Annual report on the lock hospitals of the Madras Presidency
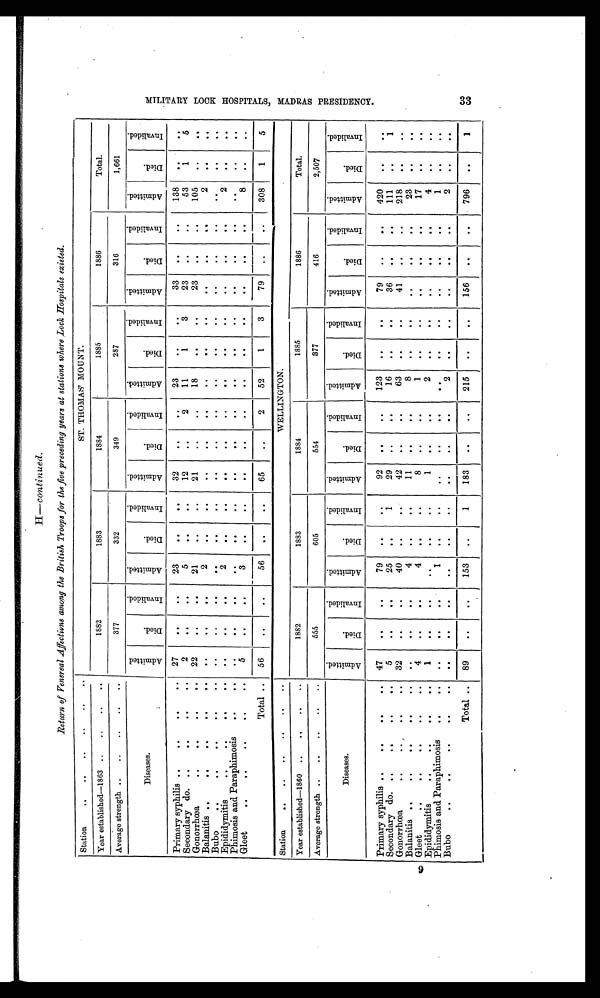
33
H —continued.
Return of Venereal Affections among the British Troops for the five preceding years at stations where Lock Hospitals existed.
Station
..
..
..
..
. .
. .
ST. THOMAS' MOUNT.
Year established—1863 ..
..
..
. .
1882
1883
1884
1885
1886
Total.
Average strength ..
..
..
..
..
377
332
349
287
316
1,661
Diseases.
A d m i t t e d
D i e d
I n v a l i d e d
A d m i t t e d
D i e d
I n v a l i d e d
A d m i t t e d
D i e d
I n v a l i d e d
A d m i t t e d
D i e d
I n v a l i d e d
A d m i t t e d
D i e d
I n v a l i d e d
A d m i t t e d
D i e d
I n v a l i d e d
Primary syphilis .
..
..
..
27
. .
. .
23
. .
. .
32
. .
. .
23
. .
. .
33
. .
. .
138
. .
. .
Secondary do. ..
..
. .
. .
2
. .
. .
5
. .
. .
12
. .
2
11
1
3
23
..
. .
53
1
5
Gonorrhœa
..
. .
. .
22
. .
. .
21
. .
. .
21
. .
. .
18
. .
. .
23
..
. .
105
. .
..
Balanitis ..
..
..
. .
. .
. .
. .
. .
2
. .
. .
. .
. .
. .
. .
. .
..
. .
. .
. .
2
. .
. .
Bubo
..
. .
. .
. .
. .
. .
. .
. . .
. .
. .
. .
. .
. .
. .
. .
. . .
. .
. .
. .
Epididymitis..
..
. .
. .
. .
. .
2
. .
. .
. .
. .
. .
. .
. .
. .
. .
. .
. .
2
. .
. .
Phimosis and Paraphimosis
..
. .
..
. .
. .
. .
. .
. .
. .
. .
. .
. .
. .
. .
. .
. .
. .
. .
. .
. .
Gleet
....
..
. .
5
. .
. .
3
..
. .
. .
. .
. .
. .
. .
. .
. .
. .
. .
8
. .
. .
Total ..
56
. .
. .
56
. .
. .
65
. .
2
52
1
3
79
..
. .
308
1
5
Station
..
..
..
..
. .
. .
WELLINGTON.
Year established—1860 ..
..
..
..
1882
1883
1884
1885
1886
Total.
Average strength ..
..
..
..
..
555
605
554
377
416
2,507
Diseases.
A d m i t t e d
D i e d
I n v a l i d e d
A d m i t t e d
D i e d
I n v a l i d e d
A d m i t t e d
D i e d
I n v a l i d e d
A d m i t t e d
D i e d
I n v a l i d e d
A d m i t t e d
D i e d
I n v a l i d e d
A d m i t t e d
D i e d
I n v a l i d e d
Primary syphilis ..
..
..
. .
47
. .
..
79
. .
. .
92
. .
. .
123
. .
. .
79
. .
. .
420
. .
. .
S econdary do. ..
..
..
. .
5
. .
. .
25
. .
1
29
..
. .
16
. .
. .
36
. .
. .
111
..
1
Gonorrhœa
..
..
32
. .
. .
40
. .
. .
42
. .
. .
63
. .
. .
41
. .
..
218
. .
. .
Balanitis ..
..
. .
. .
. .
. .
4
. .
. .
11
. .
. .
8
. .
. .
. .
. .
. .
23
. .
. .
Gleet
..
..
. .
4
. .
. .
4
. .
. .
8
. .
. .
1
. .
. .
. .
. .
. .
17
. .
. .
Epididymitis
.. ....
..
. .
1
. . . . .
. .
..
. .
. . . .
1
. .
. .
2
. .
. .
. .
. .
. . . .
4
. .
. .
Phimosis and Paraphimosis
..
. .
. .
. .
. .
1
. .
. .
..
. .
. .
..
. .
. .
. .
. .
. .
1
. .
. .
Bubo
..
..
..
. .
. .
. .
. .
. .
. .
. .
. .
. .
. .
2
. .
. .
. .
. .
. .
2
. .
. .
Total . .
89
. .
. .
153
. .
1
183
. .
. .
215
. .
. .
156
. .
. .
796
. .
1
M I L I T A R Y L O C K H O S P I T A L S , M A D R A S P R E S I D E N C Y .